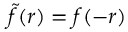
\tilde { f } ( \boldsymbol r ) = f ( - \boldsymbol r )